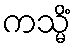
ကသ္မိံ